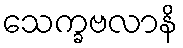
သေက္ခဗလာနိ